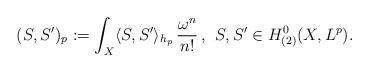
LaTeX: \begin{align*}(S,S')_{p}:=\int_{X}\langle S,S'\rangle_{h_{p}}\,\frac{\omega^n}{n!}\,,\;\,S,S'\in H^0_{(2)}(X,L^p).\end{align*}